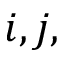
i , j ,